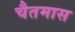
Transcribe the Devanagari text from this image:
चैतमास